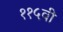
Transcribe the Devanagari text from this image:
११५वी